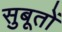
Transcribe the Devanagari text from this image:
सुबूतों